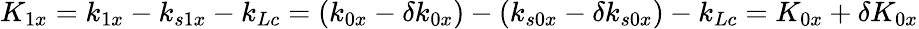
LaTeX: K_{1x}=k_{1x}-k_{s1x}-k_{Lc}=(k_{0x}-\delta k_{0x})-(k_{s0x}-\delta k_{s0x})-k_{Lc}=K_{0x}+\delta K_{0x}